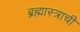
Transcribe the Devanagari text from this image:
ब्रह्मास्त्राची